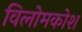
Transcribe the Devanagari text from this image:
विलोमकोश